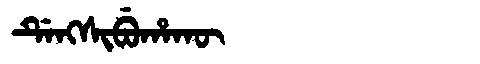
Manchu: ᡩᡝᠩᠰᡳᠪᡠᡥᠠᡴᡡ
Romanization: DENGSIBUHAKŪ